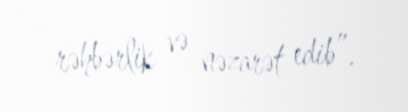
rəhbərlik və nəzarət edib”.